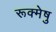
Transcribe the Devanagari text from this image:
रूक्मेषु